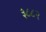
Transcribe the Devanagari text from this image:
३८८२